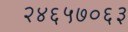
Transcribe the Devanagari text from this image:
२४६५७०६३